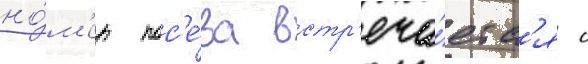
но́м'ер пос'е́ва встр'еча́етс'я с